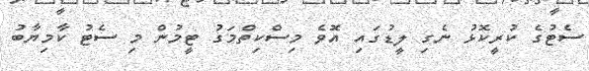
ސެޓުގެ ކުރީކޮޅު ނެގި ލީޑުގައި އޮވެ މިސްކިތްމަގު ޓީމުން މި ސެޓު ކާމިޔާބު